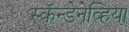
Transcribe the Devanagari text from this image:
स्कॅन्डेनेव्हिया